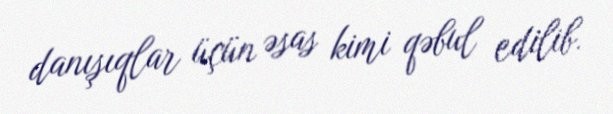
danışıqlar üçün əsas kimi qəbul edilib.